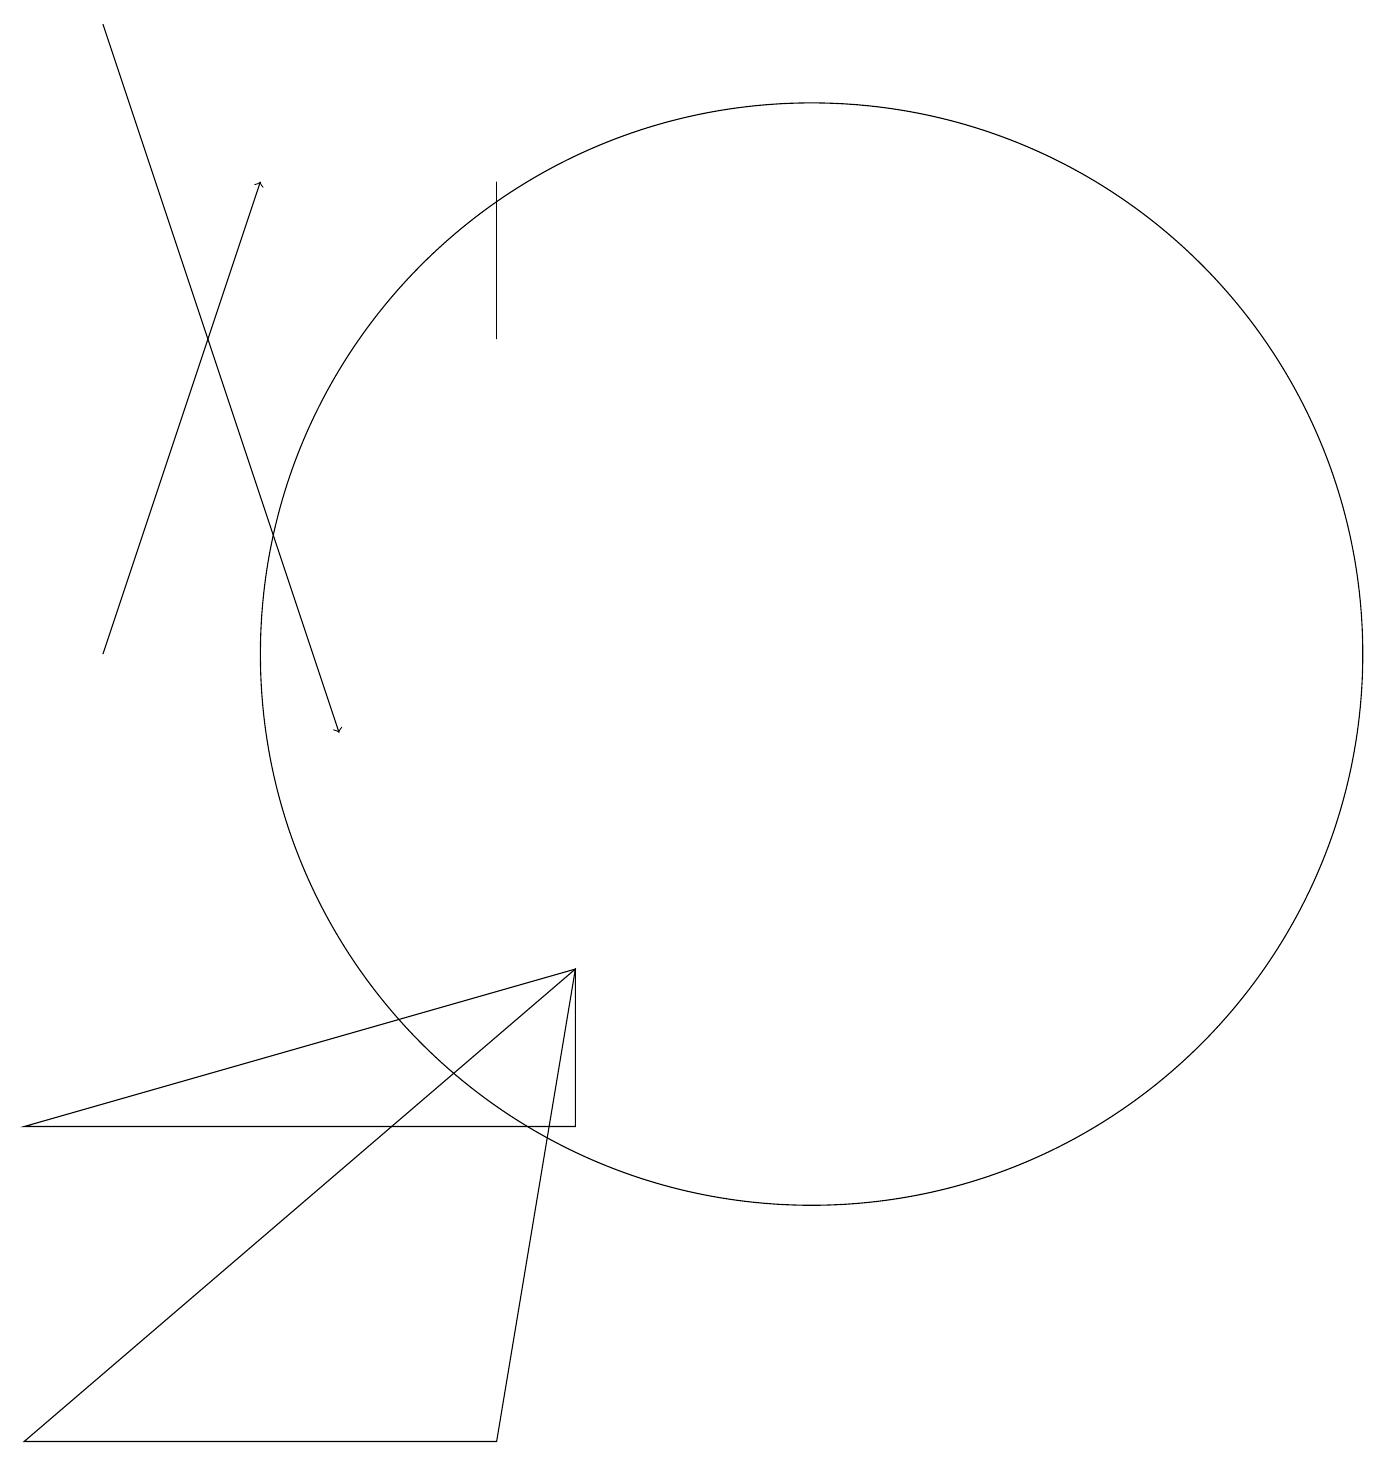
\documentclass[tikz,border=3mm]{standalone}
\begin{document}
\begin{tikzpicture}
\draw[->] (2,11) -- (4,17);
\draw[->] (2,19) -- (5,10);
\draw (1,5) -- (8,5) -- (8,7) -- cycle;
\draw (7,15) rectangle (7,17);
\draw (8,7) -- (7,1) -- (1,1) -- cycle;
\draw (11,11) circle (7);
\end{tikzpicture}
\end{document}